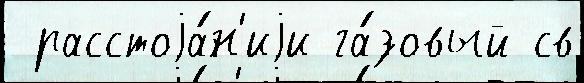
 расстоjа́н'иjи га́зовый св